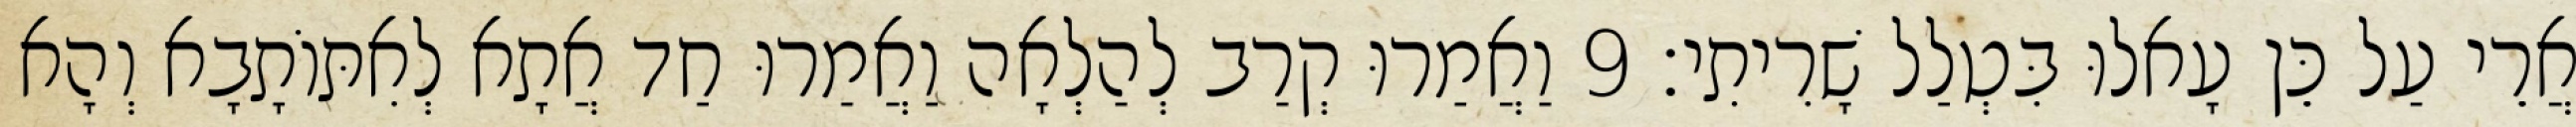
אֲרֵי עַל כֵּן עָאלוּ בִּטְלַל שָׁרִיתִי׃ 9 וַאֲמַרוּ קְרַב לְהַלְאָה וַאֲמַרוּ חַד אֲתָא לְאִתּוֹתָבָא וְהָא